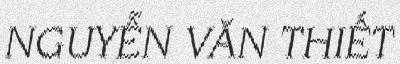
NGUYỄN VĂN THIẾT